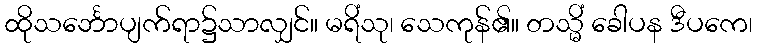
ထိုသင်္ဘောပျက်ရာ၌သာလျှင်။ မရိံသု၊ သေကုန်၏။ တသ္မိံ ခေါပန ဒီပကေ၊